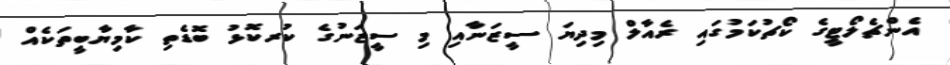
އެންޗެލޯޓީގެ ކޯޗުކަމުގައި ރެއާލް މިދިޔަ ސީޒަނާއި މި ސީޒަނުގެ ކުރކޮޅު ބޮޑެތި ކާމިޔާބީތަކެއް